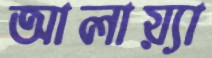
আলায়্যা